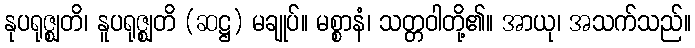
နုပရုဇ္ဈတိ၊ နူပရုဇ္ဈတိ (ဆဋ္ဌ) မချုပ်။ မစ္စာနံ၊ သတ္တဝါတို့၏။ အာယု၊ အသက်သည်။